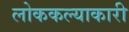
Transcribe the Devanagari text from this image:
लोककल्याकारी